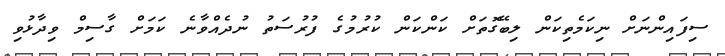
ސިފައިންނަށް ނިކަމެތިކަން ލިބޭގޮތަށް ކަންކަން ކުރުމުގެ ފުރުސަތު ނުދެއްވާނެ ކަމަށް ގާސިމް ވިދާޅުވި